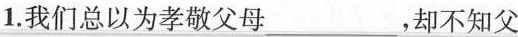
1.我们总以为孝敬父母___，却不知父